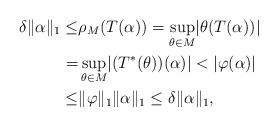
LaTeX: \begin{align*}\delta \lVert \alpha \rVert_{1} \leq &\rho_{M}(T(\alpha)) =\sup_{\theta \in M} \lvert \theta(T(\alpha)) \rvert \\= & \sup_{\theta \in M} \lvert (T^{*}(\theta))(\alpha) \rvert <\lvert \varphi(\alpha) \rvert \\\leq & \lVert \varphi \rVert_{1} \lVert \alpha \rVert_{1} \leq\delta \lVert \alpha \rVert_{1},\end{align*}